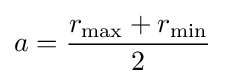
a={\frac {r_{\text{max}}+r_{\text{min}}}{2}}